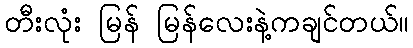
တီးလုံး မြန် မြန်လေးနဲ့ကချင်တယ်။